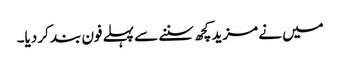
میں نے مزید کچھ سننے سے پہلے فون بند کر دیا۔